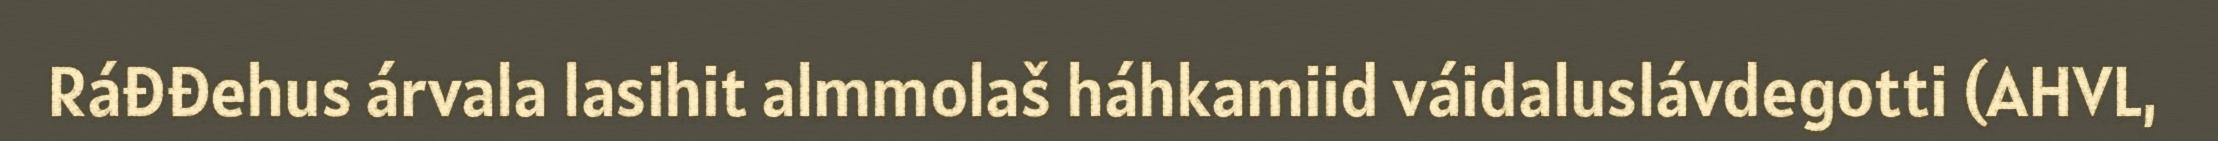
Ráđđehus árvala lasihit almmolaš háhkamiid váidaluslávdegotti (AHVL,